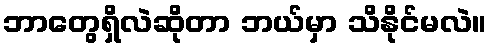
ဘာတွေရှိလဲဆိုတာ ဘယ်မှာ သိနိုင်မလဲ။